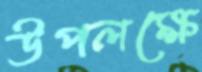
উপলক্ষে